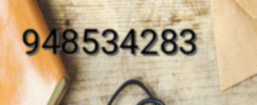
948534283